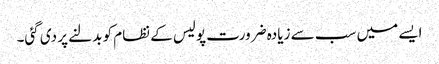
ایسے میں سب سے زیادہ ضرورت پولیس کے نظام کو بدلنے پر دی گئی۔